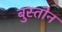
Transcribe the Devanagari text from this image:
बुस्तोन